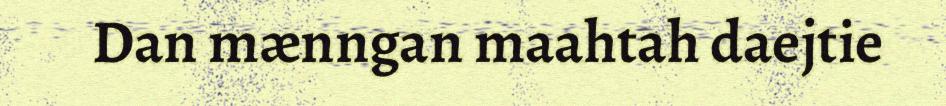
Dan mænngan maahtah daejtie